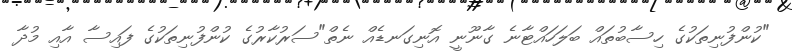
"ކުންފުނިތަކުގެ ހިސާބުތައް ބަލަހައްޓާނެ ގާނޫނީ އޮނިގަނޑެއް ނެތް"ސަރުކާރުގެ ކުންފުނިތަކުގެ ފައިސާ އާއި މުދާ